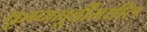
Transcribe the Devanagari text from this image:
कृष्णमूर्तींमधील